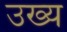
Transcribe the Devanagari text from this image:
उख्य